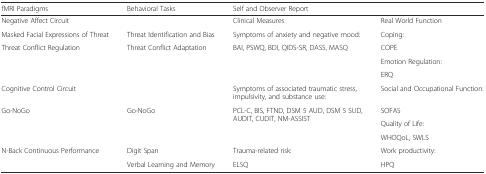
| fMRI Paradigms | Behavioral Tasks | <COLSPAN=2> Self and Observer Report |
 | --- | --- | --- | --- |
 | <COLSPAN=2> Negative Affect Circuit | Clinical Measures | Real World Function |
 | Masked Facial Expressions of Threat | Threat Identification and Bias | Symptoms of anxiety and negative mood: | Coping: |
 | <ROWSPAN=3> Threat Conflict Regulation | <ROWSPAN=3> Threat Conflict Adaptation | <ROWSPAN=3> BAI, PSWQ, BDI, QIDS-SR, DASS, MASQ | COPE |
 | Emotion Regulation: |
 | ERQ |
 | Cognitive Control Circuit |  | Symptoms of associated traumatic stress, impulsivity, and substance use: | Social and Occupational Function: |
 | <ROWSPAN=3> Go-NoGo | <ROWSPAN=3> Go-NoGo | <ROWSPAN=3> PCL-C, BIS, FTND, DSM 5 AUD, DSM 5 SUD, AUDIT, CUDIT, NM-ASSIST | SOFAS |
 | Quality of Life: |
 | WHOQoL, SWLS |
 | N-Back Continuous Performance | Digit Span | Trauma-related risk: | Work productivity: |
 |  | Verbal Learning and Memory | ELSQ | HPQ |